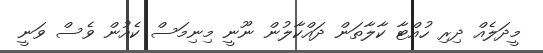
މީދަލެއް ދިރި ހުއްޓާ ކާލާތަން ދައްކާލުން ނޫނީ މިނިމަސް ކެއުން ވެސް ވަނީ